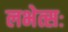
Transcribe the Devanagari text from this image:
लभेत्सः